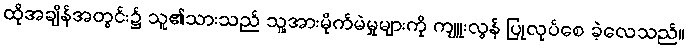
ထိုအချိန်အတွင်း၌ သူ၏သားသည် သူ့အားမိုက်မဲမှုများကို ကျူးလွန် ပြုလုပ်စေ ခဲ့လေသည်။